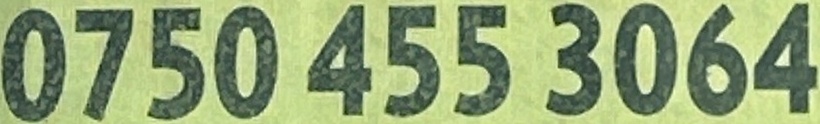
0750 455 3064